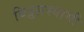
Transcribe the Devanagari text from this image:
विट्ठलस्वामी